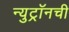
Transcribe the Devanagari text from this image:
न्युट्रॉनची